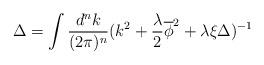
LaTeX: \begin{align*}\Delta = \int \frac{d^nk}{(2\pi)^n}(k^2+\frac{\lambda}{2}\overline\phi^2+\lambda\xi\Delta)^{-1}\end{align*}